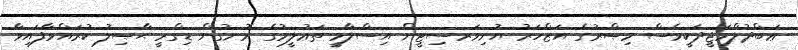
ޢަބްދުލްމަޖީދަކީވެސް މިޞްރުގެ އަޒްހަރު ޔުނިވަރސިޓީން އިސްލާމީ ތަޢުލީމުގެ ރޮނގުން ޑިގްރީ ޙާޞިލު ކުރައްވާފައިވާ